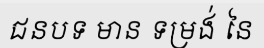
ជនបទ មាន ទម្រង់ នៃ